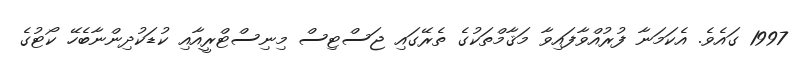
1997 ގައެވެ. އެކަމަނާ ފުރުއްވާފައިވާ މަޤާމްތަކުގެ ތެރޭގައި ޖަސްޓިސް މިނިސްޓްރީއާއި ކުޑަކުދިންނާބެހޭ ކޯޓުގެ